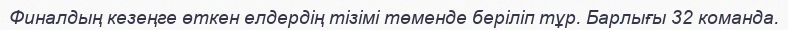
Финалдың кезеңге өткен елдердің тізімі төменде беріліп тұр. Барлығы 32 команда.